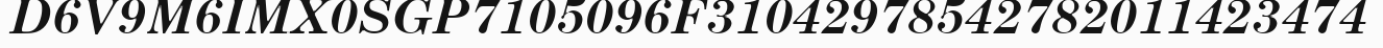
D6V9M6IMX0SGP7105096F31042978542782011423474